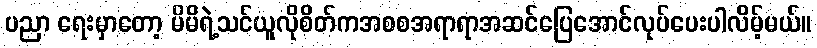
ပညာ ရေးမှာတော့ မိမိရဲ့သင်ယူလိုစိတ်ကအစစအရာရာအဆင်ပြေအောင်လုပ်ပေးပါလိမ့်မယ်။